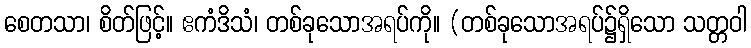
စေတသာ၊ စိတ်ဖြင့်။ ဧကံဒိသံ၊ တစ်ခုသောအရပ်ကို။ (တစ်ခုသောအရပ်၌ရှိသော သတ္တဝါ